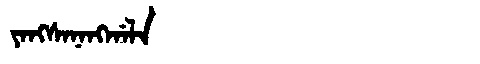
Manchu: ᠶᠠᠩᠰᠠᠨᠠᠩᡤᠠᠯᠠ
Romanization: YANGSANANGGALA